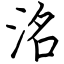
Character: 洺